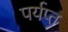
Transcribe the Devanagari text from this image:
पर्यप्त